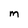
Character: m